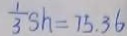
\frac { 1 } { 3 } s h = 7 5 . 3 6